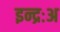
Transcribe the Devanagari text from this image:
इन्द्रःअ